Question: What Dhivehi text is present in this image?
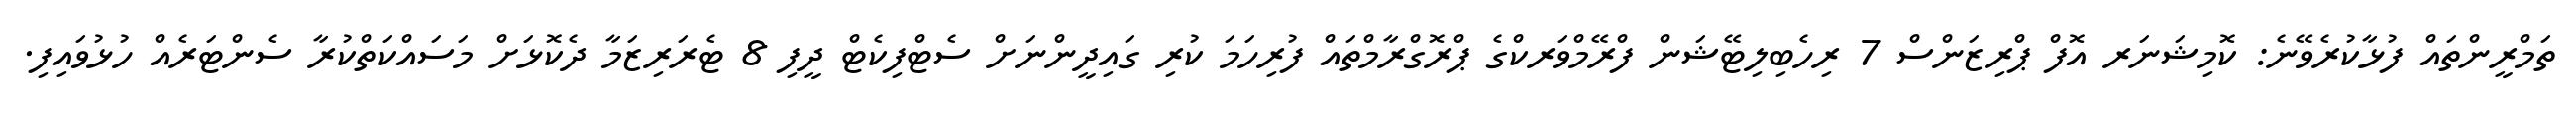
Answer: ތަމްރީންތައް ފުޅާކުރެވޭނެ: ކޮމިޝަނަރ އޮފް ޕްރިޒަންސް 7 ރިހެބިލިޓޭޝަން ފްރޭމްވަރކްގެ ޕްރޮގްރާމްތައް ފުރިހަމަ ކުރި ގައިދީންނަށް ސެޓްފިކެޓް ދީފި 8 ޓެރަރިޒަމާ ދެކޮޅަށް މަސައްކަތްކުރާ ސެންޓަރެއް ހުޅުވައިފި.